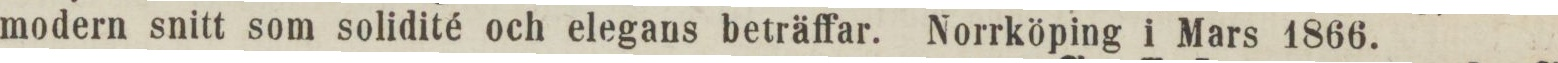
modern snitt som solidité och elegans beträffar. Norrköping i Mars 1866.